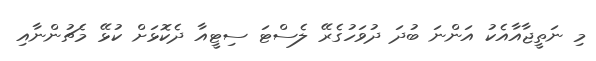
މި ނަތީޖާއާއެކު އަންނަ ބުދަ ދުވަހުގެރޭ ލެސްޓަ ސިޓީއާ ދެކޮޅަށް ކުޅޭ މެޗުންނާއި